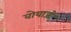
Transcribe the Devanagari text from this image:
वोयाजी